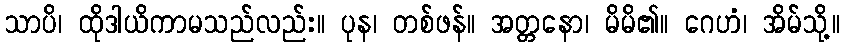
သာပိ၊ ထိုဒါယိကာမသည်လည်း။ ပုန၊ တစ်ဖန်။ အတ္တနော၊ မိမိ၏။ ဂေဟံ၊ အိမ်သို့။